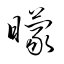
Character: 矇